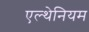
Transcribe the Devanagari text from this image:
एल्थेनियम